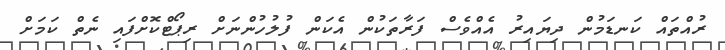
ރުއްތައް ކަނޑަމުން ދިޔައިރު އެއްވެސް ފަރާތަކުން އެކަން ފުލުހުންނަށް ރިޕޯޓްކޮށްފައި ނެތް ކަމަށް